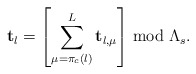
\begin{align*}\mathbf{t}_{l}=\left[\sum_{\mu=\pi_{c}\left(l\right)}^{L}\mathbf{t}_{l,\mu}\right]\bmod\Lambda_{s}.\end{align*}